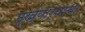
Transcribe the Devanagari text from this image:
मुख्यार्थाचा